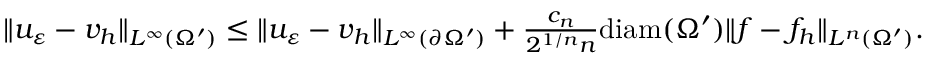
\begin{array} { r } { \| u _ { \varepsilon } - v _ { h } \| _ { L ^ { \infty } ( \Omega ^ { \prime } ) } \leq \| u _ { \varepsilon } - v _ { h } \| _ { L ^ { \infty } ( \partial \Omega ^ { \prime } ) } + \frac { c _ { n } } { 2 ^ { 1 / n } n } \mathrm { d i a m } ( \Omega ^ { \prime } ) \| f - f _ { h } \| _ { L ^ { n } ( \Omega ^ { \prime } ) } . } \end{array}